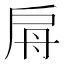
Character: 𢩀